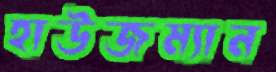
হাউজম্যান